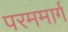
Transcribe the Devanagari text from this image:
परममार्ग